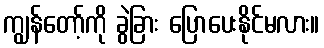
ကျွန်တော့်ကို ခွဲခြား ပြောပေးနိုင်မလား။